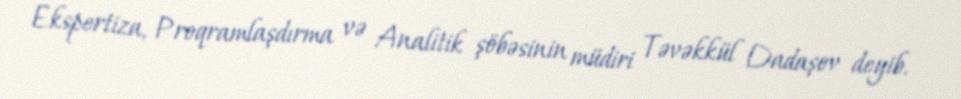
Ekspertiza, Proqramlaşdırma və Analitik şöbəsinin müdiri Təvəkkül Dadaşov deyib.